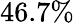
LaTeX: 46.7\%